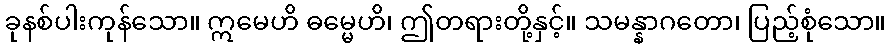
ခုနစ်ပါးကုန်သော။ ဣမေဟိ ဓမ္မေဟိ၊ ဤတရားတို့နှင့်။ သမန္နာဂတော၊ ပြည့်စုံသော။